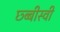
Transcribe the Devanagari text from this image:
छ्ब्बीस्वी